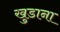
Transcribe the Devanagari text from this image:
खुडाना